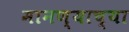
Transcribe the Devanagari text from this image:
मानण्याच्या